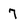
Character: 7